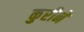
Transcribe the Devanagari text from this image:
कुरीने